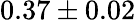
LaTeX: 0.37\pm 0.02